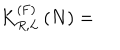
LaTeX: K _ { R , L } ^ { \left( \mathrm { F } \right) } \left( N \right) =